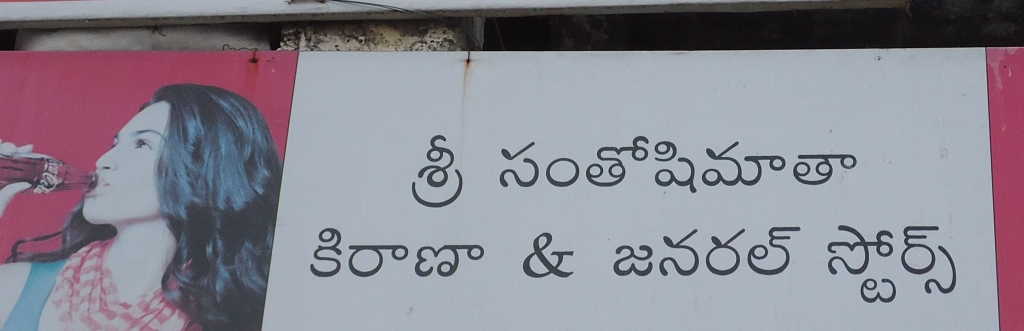
Language: telugu
Transcription: శ్రీ సంతోషిమాతా జనరల్ స్టోర్స్ కిరాణా